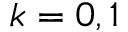
k = 0 , 1